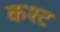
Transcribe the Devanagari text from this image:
कश्ट